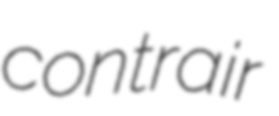
contrair